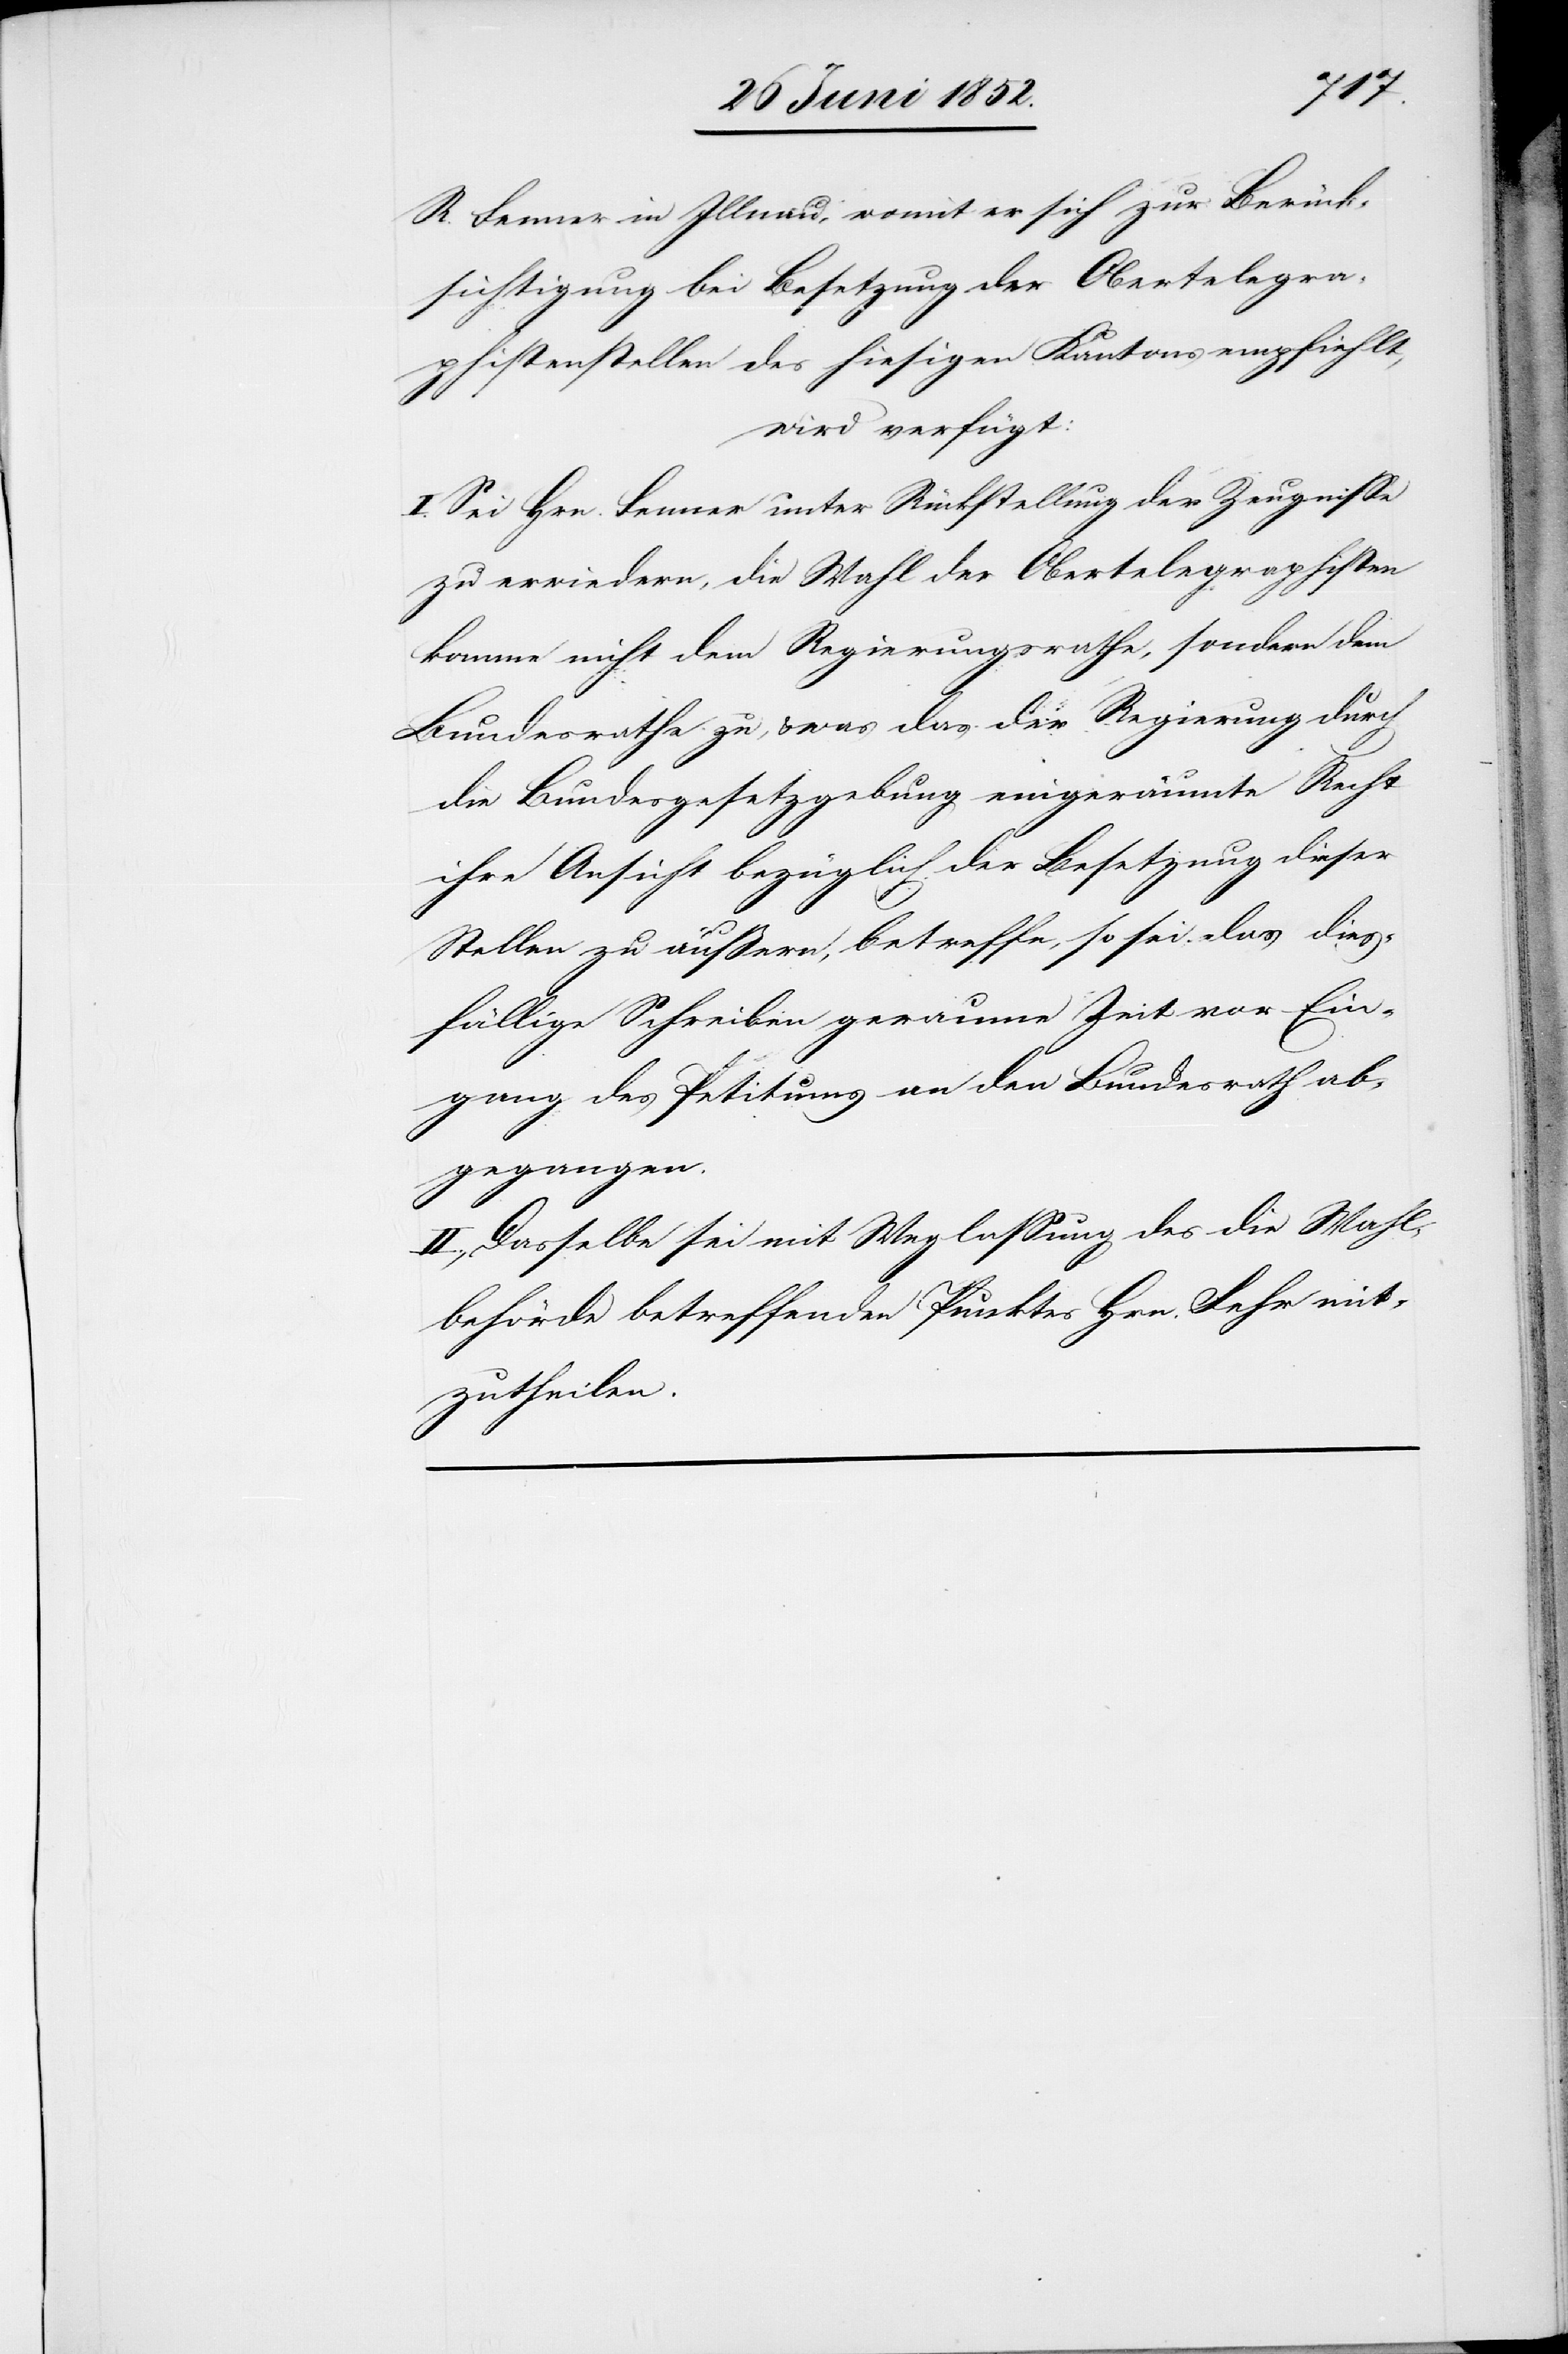
R. Fenner in Illnau, womit er sich zur Berück¬
sichtigung bei Besetzung der Obertelegra¬
phistenstellen des hiesigen Kantons empfiehlt,
wird verfügt:
I. Sei Hrn. Fenner unter Rückstellung der Zeugnisse
zu erwiedern, die Wahl der Obertelegraphisten
komme nicht dem Regierungsrathe, sondern dem
Bundesrathe zu, & was das der Regierung durch
die Bundesgesetzgebung eingeräumte Recht
ihre Ansicht bezüglich der Besetzung dieser
Stellen zu äußern, betreffe, so sei das dies¬
fällige Schreiben geraume Zeit vor Ein¬
gang des Petitums an den Bundesrath ab¬
gegangen.
II., Dasselbe sei mit Weglassung des die Wahl¬
behörde betreffenden Punktes Hrn. Fehr mit¬
zutheilen.